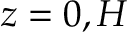
z = 0 , H